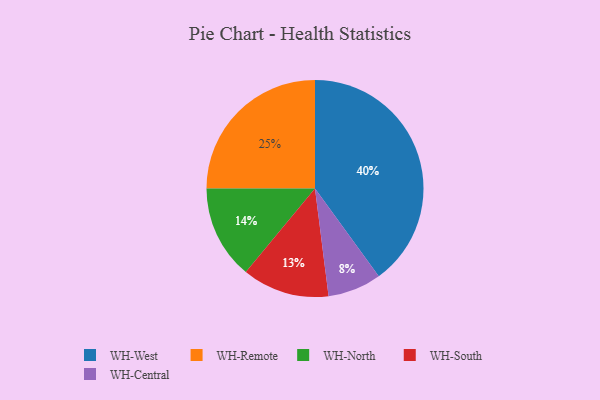
{"axis": {"x": "Category", "y": "Percentage"}, "legend": ["WH-Central", "WH-North", "WH-Remote", "WH-South", "WH-West"], "data": [{"x": "WH-West", "y": 40, "type": "WH-West"}, {"x": "WH-Remote", "y": 25, "type": "WH-Remote"}, {"x": "WH-South", "y": 13, "type": "WH-South"}, {"x": "WH-North", "y": 14, "type": "WH-North"}, {"x": "WH-Central", "y": 8, "type": "WH-Central"}]}